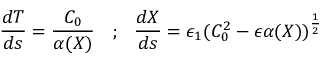
\frac { d T } { d s } = \frac { C _ { 0 } } { \alpha ( X ) } \ \ \ ; \ \ \frac { d X } { d s } = \epsilon _ { 1 } ( C _ { 0 } ^ { 2 } - \epsilon \alpha ( X ) ) ^ { \frac { 1 } { 2 } }